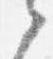
之